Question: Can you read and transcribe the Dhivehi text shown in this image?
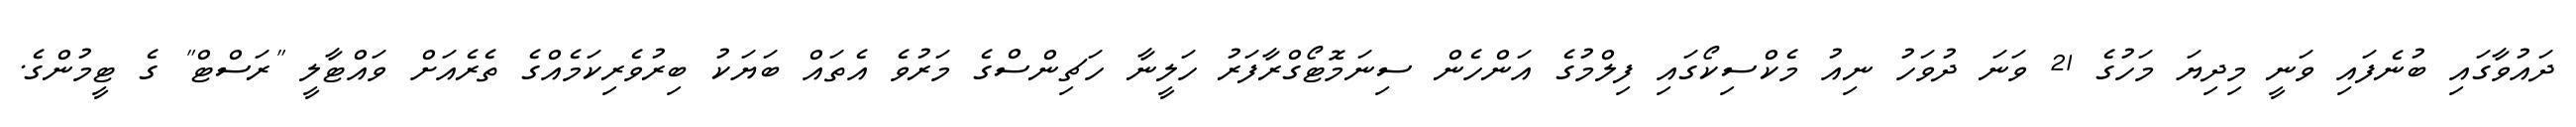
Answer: ދައުވާގައި ބުނެފައި ވަނީ މިދިޔަ މަހުގެ 21 ވަނަ ދުވަހު ނިއު މެކްސިކޯގައި ފިލްމުގެ އަންހެން ސިނަމޮޓޯގްރާފަރު ހަލީނާ ހަޗިންސްގެ މަރުވެ އެތައް ބަޔަކު ބިރުވެރިކަމެއްގެ ތެރެއަށް ވައްޓާލީ "ރަސްޓް" ގެ ޓީމުންގެ.